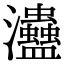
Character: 𤅱